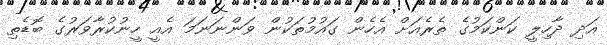
އަދި ދާހިލީ ކަންކަމުގެ ތެރެއަށް އެހެން ގައުމުތަކުން ވަންނަނަމަ އެއީ ހީނުކުރާވަރުގެ ބޮޑެތި